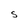
Character: s